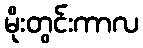
မိုးတွင်းကာလ